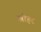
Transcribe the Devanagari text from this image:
खोहर